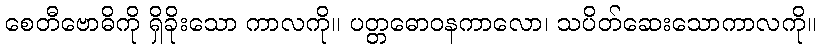
စေတီဗောဓိကို ရှိခိုးသော ကာလကို။ ပတ္တဓောဝနကာလော၊ သပိတ်ဆေးသောကာလကို။